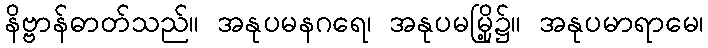
နိဗ္ဗာန်ဓာတ်သည်။ အနုပမနဂရေ၊ အနုပမမြို့၌။ အနုပမာရာမေ၊